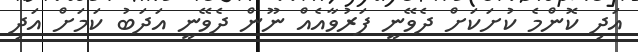
އަދި ކޮންމެ ކުށަކަށް ދެވޭނީ ފަރުވާއެއް ނޫން ދެވޭނީ އަދަބު ކަމަށް އަދި